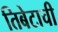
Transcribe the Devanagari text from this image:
तिबेटाची